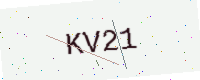
Text: KV21